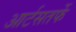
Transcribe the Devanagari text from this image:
आर्टसतर्फे